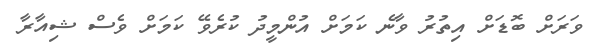
ވަރަށް ބޮޑަށް އިތުރު ވާނެ ކަމަށް އުންމީދު ކުރެވޭ ކަމަށް ވެސް ޝިއާރާ